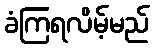
ခံကြရလိမ့်မည်